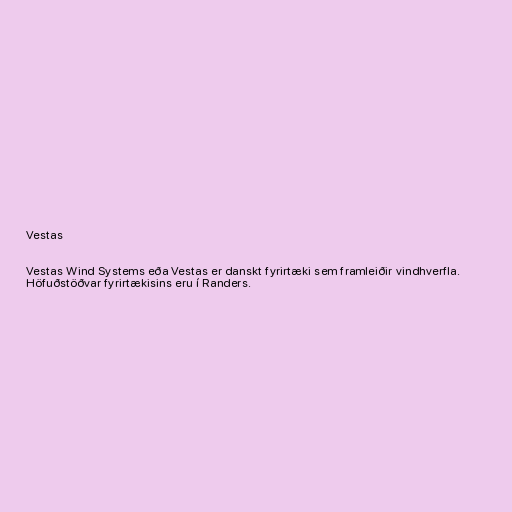
Vestas

Vestas Wind Systems eða Vestas er danskt fyrirtæki sem framleiðir vindhverfla.
Höfuðstöðvar fyrirtækisins eru í Randers.